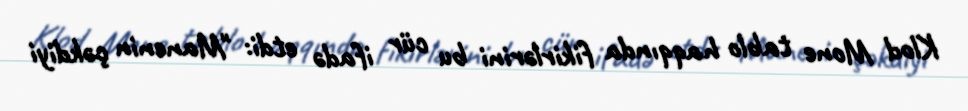
Klod Mone tablo haqqında fikirlərini bu cür ifadə etdi: "Manenin çəkdiyi